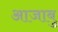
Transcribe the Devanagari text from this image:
आजाबु